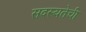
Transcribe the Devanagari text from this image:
सदस्यतेची